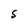
Character: S